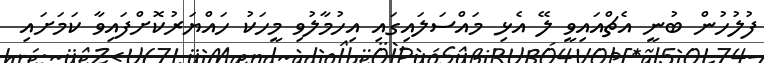
ފުލުހުން ބުނީ އެޗްއައިވީ ލޭ އެޅި މައްސަލައިގައި އިހުމާލުވި މީހަކު ހައްޔަރުކޮށްފައިވާ ކަމަށައި